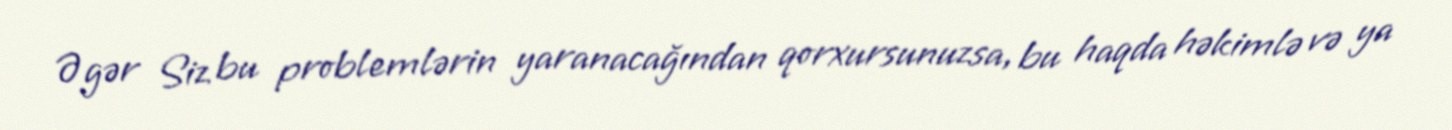
Əgər Siz bu problemlərin yaranacağından qorxursunuzsa, bu haqda həkimlə və ya